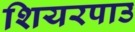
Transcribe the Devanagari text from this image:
शियरपाउ